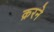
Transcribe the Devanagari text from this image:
क्ररने